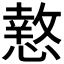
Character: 𭞫